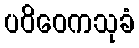
ပဝိဝေကသုခံ